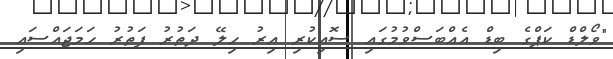
"ވޯލްޑް ކަޕްގެ ބިޑް އެއްބަސްވުމުގައި ސޮއިކުރި އިރު ހިލޭ ދަތުރު ފަތުރު ހަމަޖައްސައި